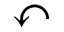
\curvearrowleft